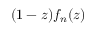
( 1 - z ) f _ { n } ( z )